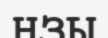
НЗЫ